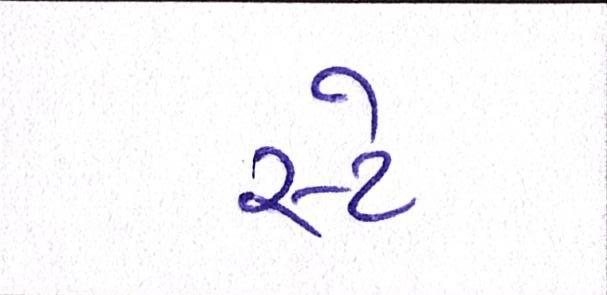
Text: સ્ટે